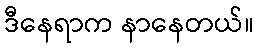
ဒီနေရာက နာနေတယ်။